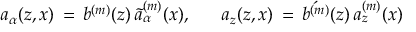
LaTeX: a _ { \alpha } ( z , x ) \, = \, b ^ { ( m ) } ( z ) \, \tilde { a } _ { \alpha } ^ { ( m ) } ( x ) , ~ ~ ~ ~ ~ a _ { z } ( z , x ) \, = \, \acute { b ^ { ( m ) } } ( z ) \, a _ { z } ^ { ( m ) } ( x )